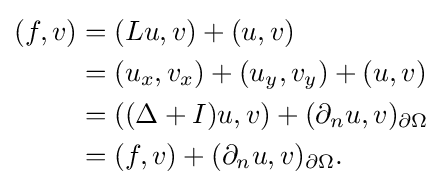
{\begin{aligned}(f,v)&=(Lu,v)+(u,v)\\&=(u_{x},v_{x})+(u_{y},v_{y})+(u,v)\\&=((\Delta +I)u,v)+(\partial _{n}u,v)_{\partial \Omega }\\&=(f,v)+(\partial _{n}u,v)_{\partial \Omega }.\end{aligned}}